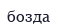
бозда